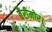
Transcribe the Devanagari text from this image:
बैरीमोर।